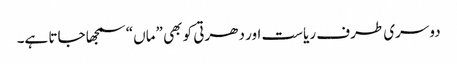
دوسری طرف ریاست اور دھرتی کو بھی ”ماں“ سمجھا جاتا ہے۔